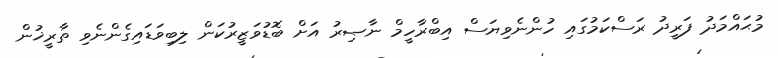
މުޙައްމަދު ފަރީދު ރަސްކަމުގައި ހުންނެވިޔަސް އިބްރާހީމް ނާޞިރު އަށް ބޮޑުވަޒީރުކަން ލިބިވަޑައިގެންނެވި ތާރީޚުން